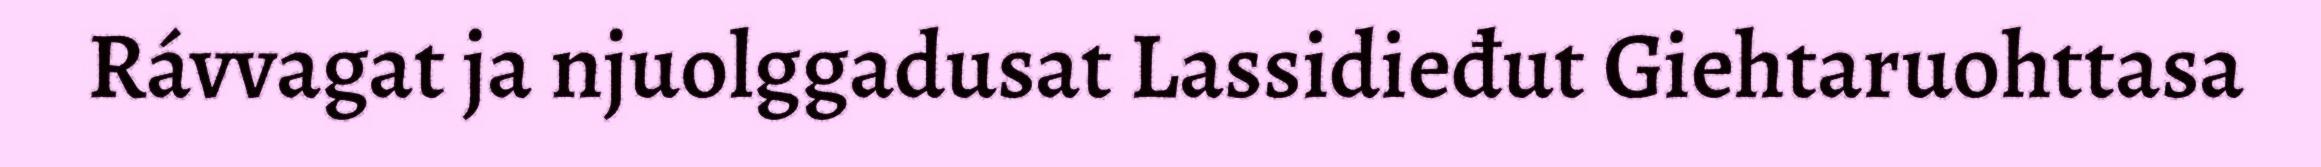
Rávvagat ja njuolggadusat Lassidieđut Giehtaruohttasa